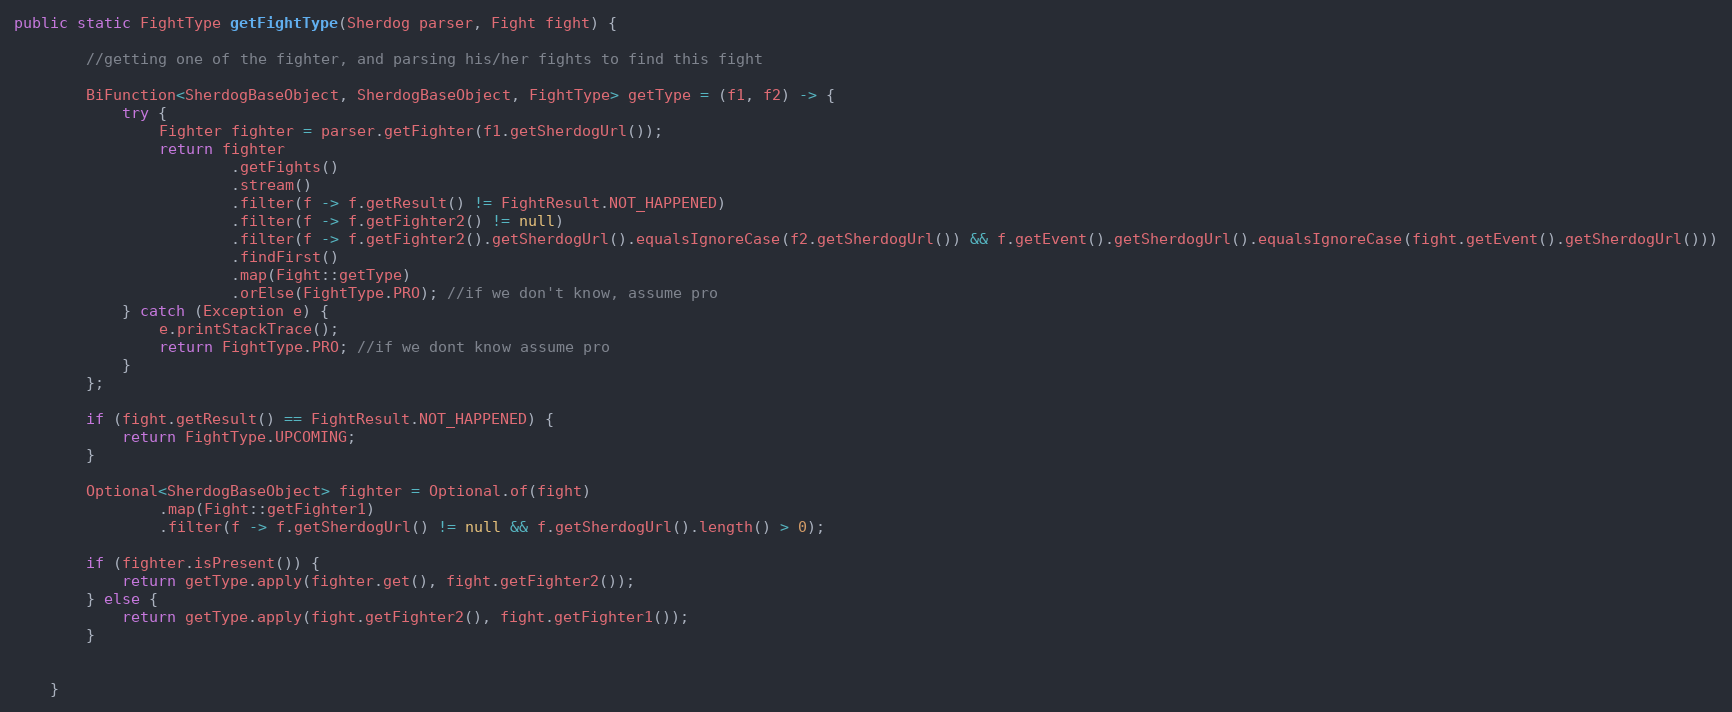
Language: Java
public static FightType getFightType(Sherdog parser, Fight fight) {

        //getting one of the fighter, and parsing his/her fights to find this fight

        BiFunction<SherdogBaseObject, SherdogBaseObject, FightType> getType = (f1, f2) -> {
            try {
                Fighter fighter = parser.getFighter(f1.getSherdogUrl());
                return fighter
                        .getFights()
                        .stream()
                        .filter(f -> f.getResult() != FightResult.NOT_HAPPENED)
                        .filter(f -> f.getFighter2() != null)
                        .filter(f -> f.getFighter2().getSherdogUrl().equalsIgnoreCase(f2.getSherdogUrl()) && f.getEvent().getSherdogUrl().equalsIgnoreCase(fight.getEvent().getSherdogUrl()))
                        .findFirst()
                        .map(Fight::getType)
                        .orElse(FightType.PRO); //if we don't know, assume pro
            } catch (Exception e) {
                e.printStackTrace();
                return FightType.PRO; //if we dont know assume pro
            }
        };

        if (fight.getResult() == FightResult.NOT_HAPPENED) {
            return FightType.UPCOMING;
        }

        Optional<SherdogBaseObject> fighter = Optional.of(fight)
                .map(Fight::getFighter1)
                .filter(f -> f.getSherdogUrl() != null && f.getSherdogUrl().length() > 0);

        if (fighter.isPresent()) {
            return getType.apply(fighter.get(), fight.getFighter2());
        } else {
            return getType.apply(fight.getFighter2(), fight.getFighter1());
        }

    }